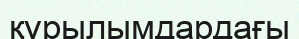
құрылымдардағы